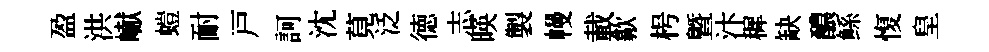
盈洪𪩘螘耐戸訶沈莧泛徳志暎製幔載歙枵暨汴穉缺醲鲧愎皇